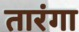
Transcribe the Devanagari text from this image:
तारंगा